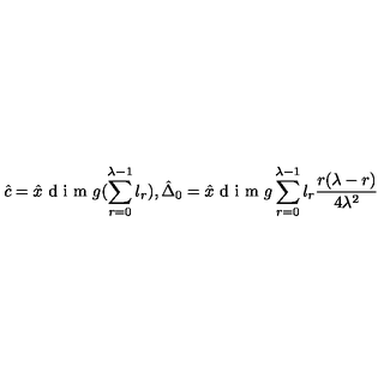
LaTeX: \hat { c } = \hat { x } \textup { d i m } g ( \sum _ { r = 0 } ^ { \lambda - 1 } l _ { r } ) , \hat { \Delta } _ { 0 } = \hat { x } \textup { d i m } g \sum _ { r = 0 } ^ { \lambda - 1 } l _ { r } \frac { r ( \lambda - r ) } { 4 \lambda ^ { 2 } }